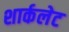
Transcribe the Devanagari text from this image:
शार्कलेट